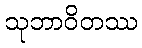
သုဘာဝိတဿ